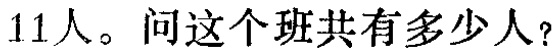
11人。问这个班共有多少人？